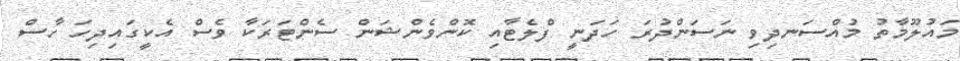
މައުލޫމާތު މުއްސަނދިވި ނަސަންދުރަ ހަދަނީ ފްލެޓާއި ކޮންވެންޝަން ސެންޓަރަކާ ވެސް އެކީގައިދިހަ ހާސް